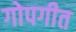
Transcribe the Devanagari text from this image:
गोपगीत